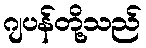
ဂျပန်တို့သည်